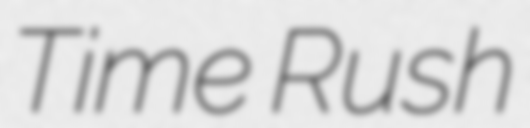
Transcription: Time Rush